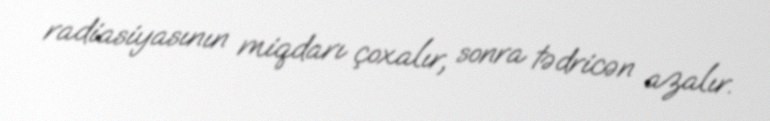
radiasiyasının miqdarı çoxalır, sonra tədricən azalır.